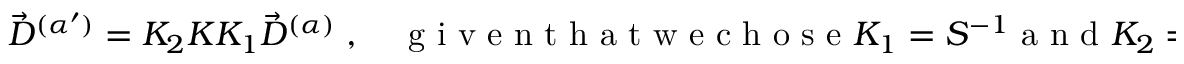
\begin{array} { r } { \Vec { D } ^ { ( \alpha ^ { \prime } ) } = K _ { 2 } K K _ { 1 } \vec { D } ^ { ( \alpha ) } \; , \quad \mathrm { ~ g ~ i ~ v ~ e ~ n ~ t ~ h ~ a ~ t ~ w ~ e ~ c ~ h ~ o ~ s ~ e ~ } K _ { 1 } = S ^ { - 1 } \mathrm { ~ a ~ n ~ d ~ } K _ { 2 } = S K ^ { - 1 } \; . } \end{array}